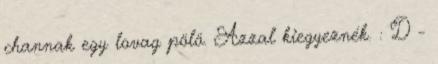
channak egy lovag pölö. Azzal kiegyeznék. : D -